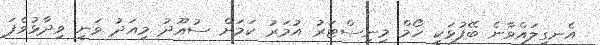
އެނގިލައްވާނެ ބޭފުޅަކީ ހޯމް މިނިސްޓަރު އުމަރު ކަމަށް ސުއޫދު މިއަދު ވަނީ ވިދާޅުވެފަ